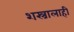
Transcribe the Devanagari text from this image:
शस्त्रालाही